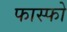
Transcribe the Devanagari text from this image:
फास्फो